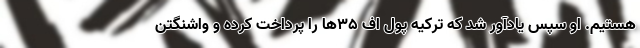
هستیم. او سپس یادآور شد که ترکیه پول اف ۳۵‌ها را پرداخت کرده و واشنگتن